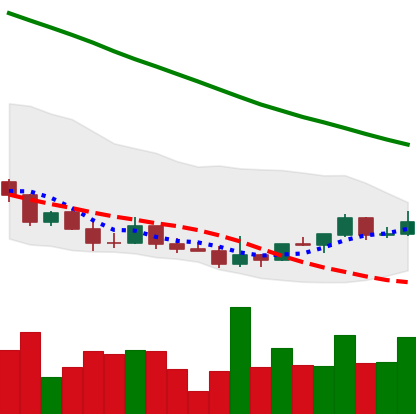
Ticker: DOGE-USD
Chart end date: 2022-03-22
Forward return: 18.167%
Label: up_7plus